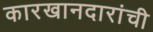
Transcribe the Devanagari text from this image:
कारखानदारांची